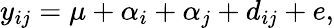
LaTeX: y_{ij}=\mu+\alpha_{i}+\alpha_{j}+d_{ij}+e,